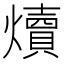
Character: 𪺁